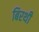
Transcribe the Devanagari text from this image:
बिरथी